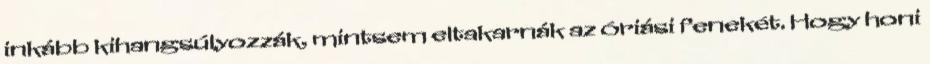
inkább kihangsúlyozzák, mintsem eltakarnák az óriási fenekét. Hogy honi